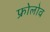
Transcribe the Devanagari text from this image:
फ्रोलोव